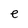
Character: e